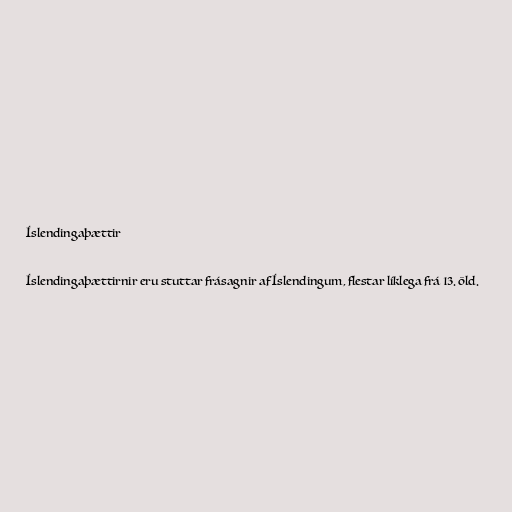
Íslendingaþættir

Íslendingaþættirnir eru stuttar frásagnir af Íslendingum, flestar líklega frá 13. öld.